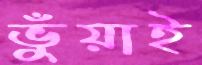
ভুঁয়াই